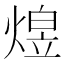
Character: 𬊸